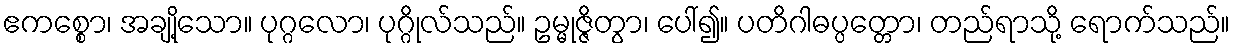
ဧကစ္စော၊ အချို့သော။ ပုဂ္ဂလော၊ ပုဂ္ဂိုလ်သည်။ ဥမ္မုဇ္ဇိတွာ၊ ပေါ်၍။ ပတိဂါဓပ္ပတ္တော၊ တည်ရာသို့ ရောက်သည်။